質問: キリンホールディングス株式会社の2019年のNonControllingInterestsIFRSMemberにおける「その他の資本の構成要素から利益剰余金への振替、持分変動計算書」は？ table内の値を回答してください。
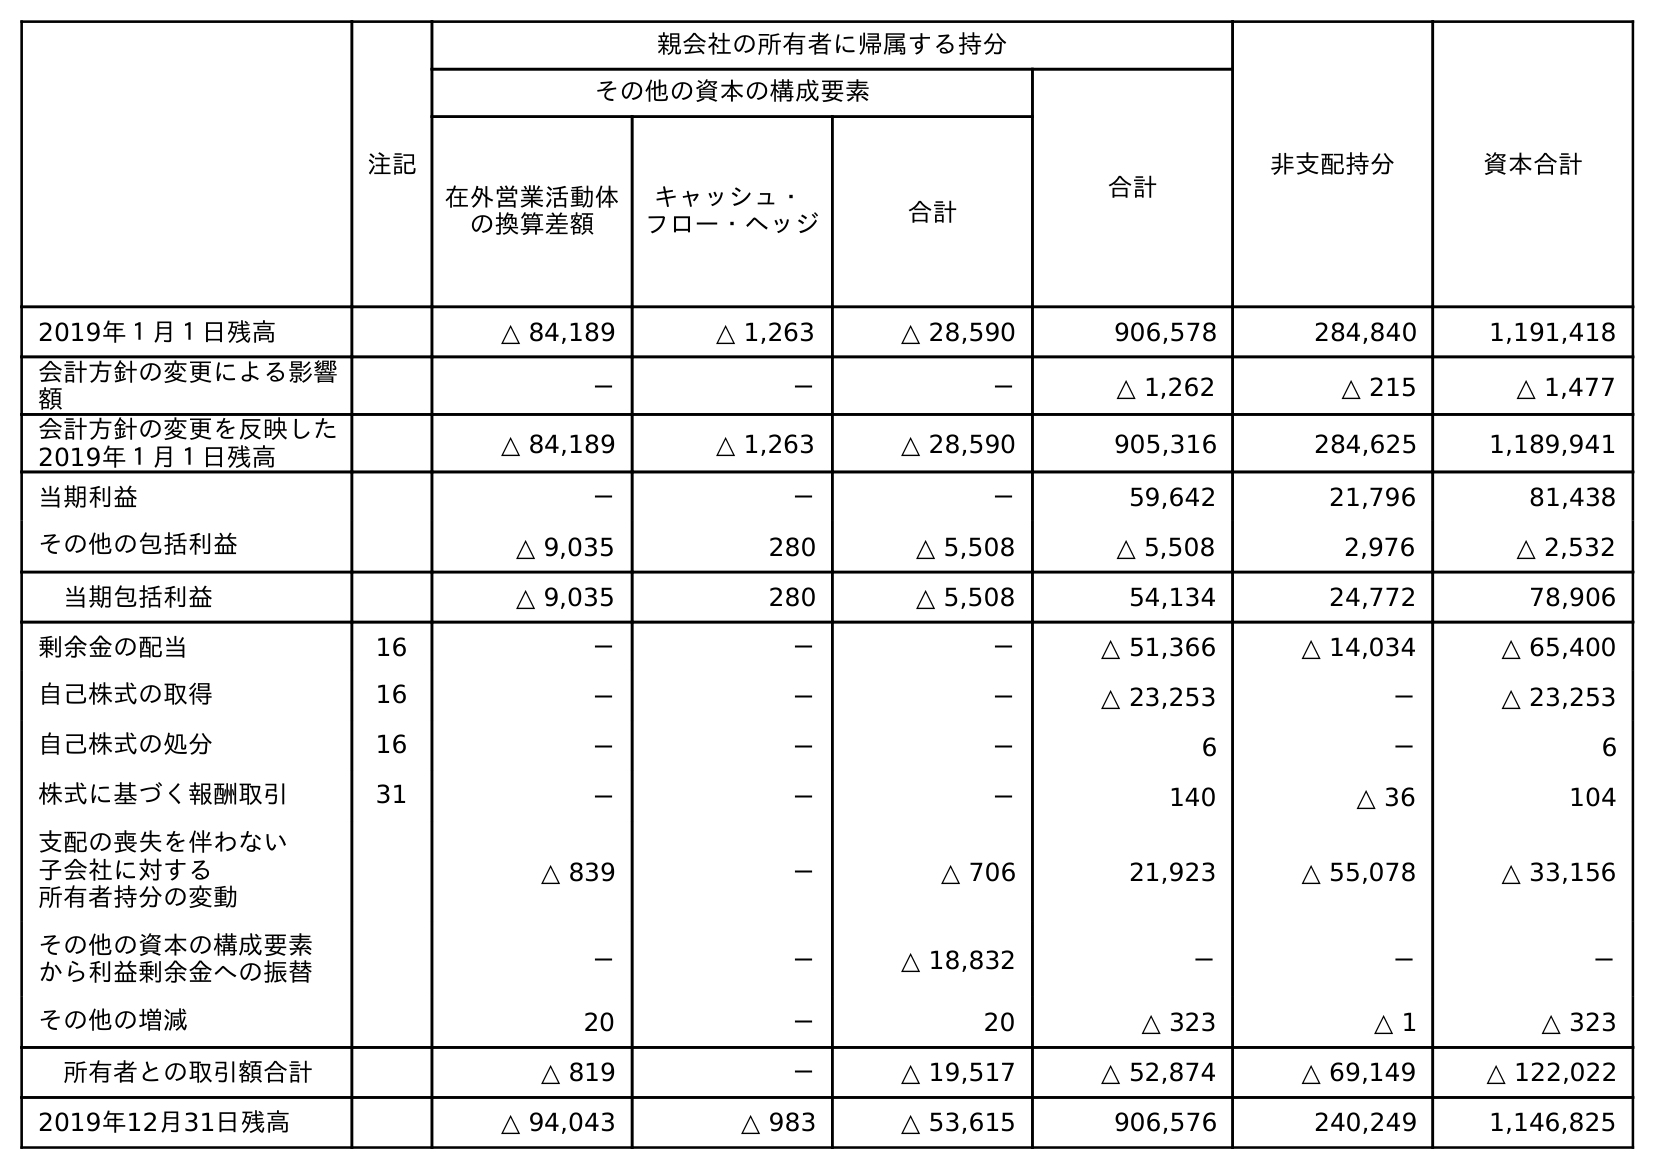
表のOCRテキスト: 注記 親会社の所有者に帰属する持分 非支配持分 資本合計 その他の資本の構成要素 合計 在外営業活動体 の換算差額 キャッシュ・ フロー・ヘッジ 合計 2019年１月１日残高 △ 84,189 △ 1,263 △ 28,590 906,578 284,840 1,191,418 会計方針の変更による影響 額 － － － △ 1,262 △ 215 △ 1,477 会計方針の変更を反映した 2019年１月１日残高 △ 84,189 △ 1,263 △ 28,590 905,316 284,625 1,189,941 当期利益 － － － 59,642 21,796 81,438 その他の包括利益 △ 9,035 280 △ 5,508 △ 5,508 2,976 △ 2,532 当期包括利益 △ 9,035 280 △ 5,508 54,134 24,772 78,906 剰余金の配当 16 － － － △ 51,366 △ 14,034 △ 65,400 自己株式の取得 16 － － － △ 23,253 － △ 23,253 自己株式の処分 16 － － － 6 － 6 株式に基づく報酬取引 31 － － － 140 △ 36 104 支配の喪失を伴わない 子会社に対する 所有者持分の変動 △ 839 － △ 706 21,923 △ 55,078 △ 33,156 その他の資本の構成要素 から利益剰余金への振替 － － △ 18,832 － － － その他の増減 20 － 20 △ 323 △ 1 △ 323 所有者との取引額合計 △ 819 － △ 19,517 △ 52,874 △ 69,149 △ 122,022 2019年12月31日残高 △ 94,043 △ 983 △ 53,615 906,576 240,249 1,146,825
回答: －